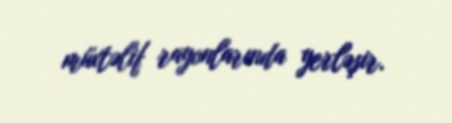
müxtəlif rayonlarında yerləşir.